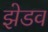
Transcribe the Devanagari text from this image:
झेडव